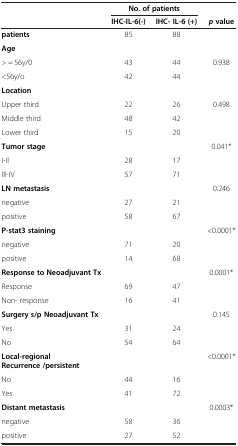
<table><thead><tr><td><b> </b></td><td colspan="2"><b>No. of patients</b></td><td><b> </b></td></tr><tr><td><b> </b></td><td><b>IHC-IL-6(-)</b></td><td><b>IHC- IL-6 (+)</b></td><td><b><i>p </i>value</b></td></tr></thead><tbody><tr><td><b>patients</b></td><td>85</td><td>88</td><td> </td></tr><tr><td><b>Age</b></td><td> </td><td> </td><td> </td></tr><tr><td>&gt; = 56y/0</td><td>43</td><td>44</td><td>0.938</td></tr><tr><td>&lt;56y/o</td><td>42</td><td>44</td><td> </td></tr><tr><td><b>Location</b></td><td> </td><td> </td><td> </td></tr><tr><td>Upper third</td><td>22</td><td>26</td><td>0.498</td></tr><tr><td>Middle third</td><td>48</td><td>42</td><td> </td></tr><tr><td>Lower third</td><td>15</td><td>20</td><td> </td></tr><tr><td><b>Tumor stage</b></td><td> </td><td> </td><td>0.041*</td></tr><tr><td>I-II</td><td>28</td><td>17</td><td> </td></tr><tr><td>III-IV</td><td>57</td><td>71</td><td> </td></tr><tr><td><b>LN metastasis</b></td><td> </td><td> </td><td>0.246</td></tr><tr><td>negative</td><td>27</td><td>21</td><td> </td></tr><tr><td>positive</td><td>58</td><td>67</td><td> </td></tr><tr><td><b>P-stat3 staining</b></td><td> </td><td> </td><td>&lt;0.0001*</td></tr><tr><td>negative</td><td>71</td><td>20</td><td> </td></tr><tr><td>positive</td><td>14</td><td>68</td><td> </td></tr><tr><td><b>Response to Neoadjuvant Tx</b></td><td> </td><td> </td><td>0.0001*</td></tr><tr><td>Response</td><td>69</td><td>47</td><td> </td></tr><tr><td>Non- response</td><td>16</td><td>41</td><td> </td></tr><tr><td><b>Surgery s/p Neoadjuvant Tx</b></td><td> </td><td> </td><td>0.145</td></tr><tr><td>Yes</td><td>31</td><td>24</td><td> </td></tr><tr><td>No</td><td>54</td><td>64</td><td> </td></tr><tr><td><b>Local-regional Recurrence /persistent</b></td><td> </td><td> </td><td>&lt;0.0001*</td></tr><tr><td>No</td><td>44</td><td>16</td><td> </td></tr><tr><td>Yes</td><td>41</td><td>72</td><td> </td></tr><tr><td><b>Distant metastasis</b></td><td> </td><td> </td><td>0.0003*</td></tr><tr><td>negative</td><td>58</td><td>36</td><td> </td></tr><tr><td>positive</td><td>27</td><td>52</td><td> </td></tr></tbody></table>